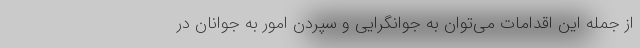
از جمله این اقدامات می‌توان به جوانگرایی و سپردن امور به جوانان در